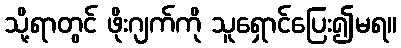
သို့ရာတွင် ဖိုးဂျက်ကို သူရှောင်ပြေး၍မရ။